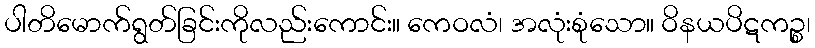
ပါတိမောက်ရွတ်ခြင်းကိုလည်းကောင်း။ ကေဝလံ၊ အလုံးစုံသော။ ဝိနယပိဋကဉ္စ၊